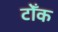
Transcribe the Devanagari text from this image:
टोँक